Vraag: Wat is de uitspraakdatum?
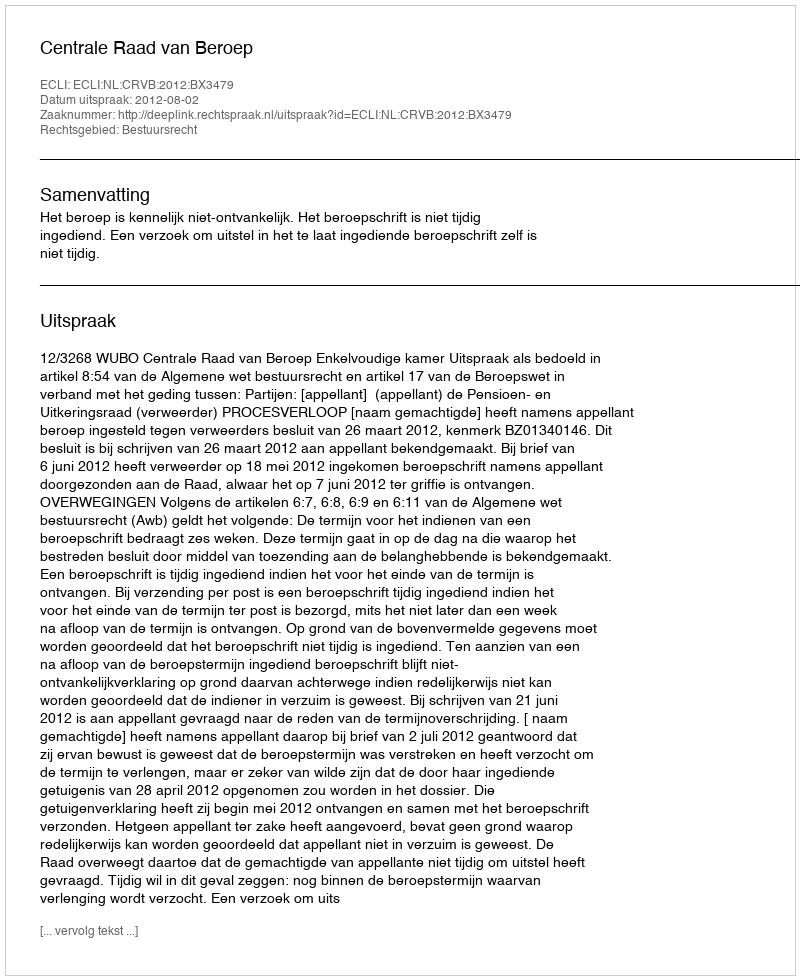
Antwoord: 2012-08-02